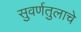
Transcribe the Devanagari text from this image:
सुवर्णतुलाचे